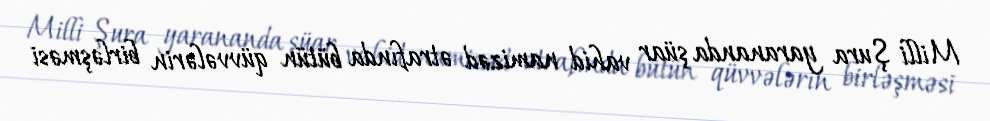
Milli Şura yarananda şüar vahid namizəd ətrafında bütün qüvvələrin birləşməsi